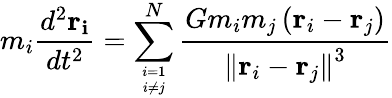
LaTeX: m_{i}{\frac{d^{2}\mathbf{r_{i}}}{dt^{2}}}=\sum_{i=1\atop i\neq j}^{N}{\frac{Gm_{i}m_{j}\left(\mathbf{r}_{i}-\mathbf{r}_{j}\right)}{\left\| \mathbf{r}_{i}-\mathbf{r}_{j}\right\| ^{3}}}